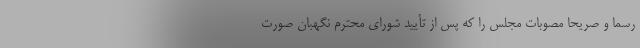
رسماً و صریحاً مصوبات مجلس را که پس از تأیید شورای محترم نگهبان صورت